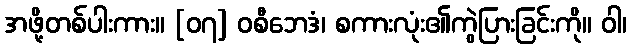
အဖို့တစ်ပါးကား။ [၀၇] ဝစီဘေဒံ၊ စကားလုံး၏ကွဲပြားခြင်းကို။ ဝါ၊